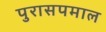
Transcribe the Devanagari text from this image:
पुरासपमाल